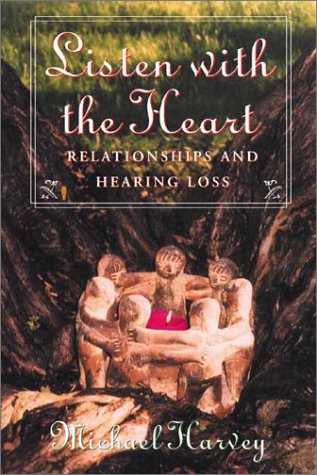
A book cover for Listen with the Heart: Relationships and Hearing Loss; Michael Harvey; Health, Fitness & Dieting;